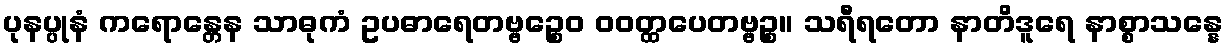
ပုနပ္ပုနံ ကရောန္တေန သာဓုကံ ဥပဓာရေတဗ္ဗဉ္စေဝ ဝဝတ္ထပေတဗ္ဗဉ္စ။ သရီရတော နာတိဒူရေ နာစ္စာသန္နေ